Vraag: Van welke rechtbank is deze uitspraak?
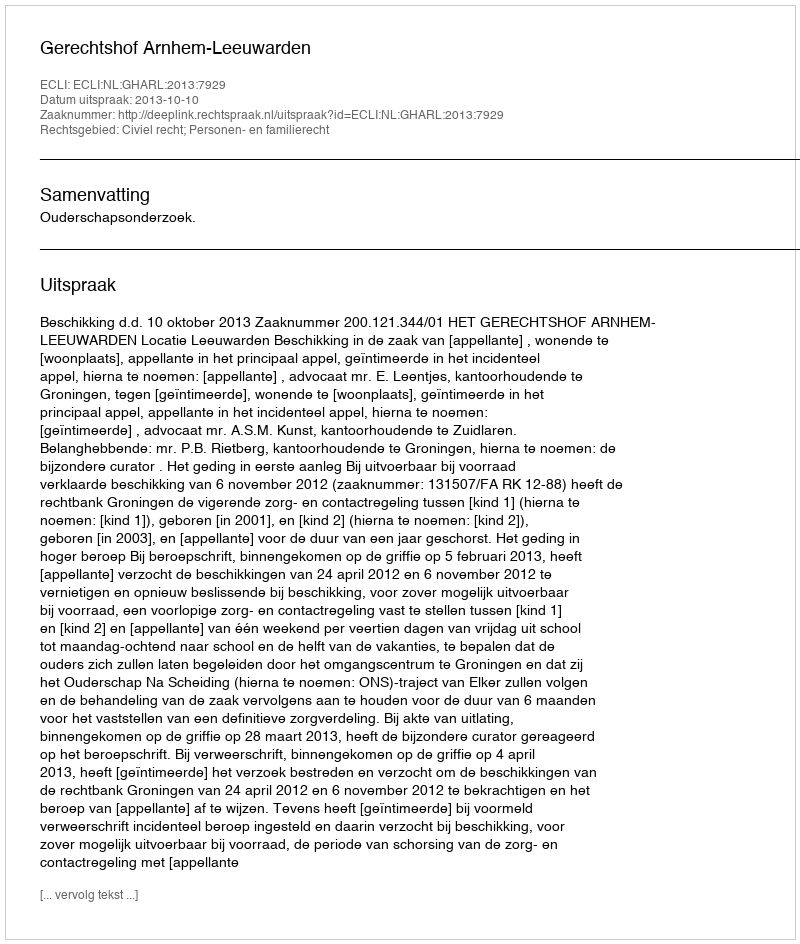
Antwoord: Gerechtshof Arnhem-Leeuwarden